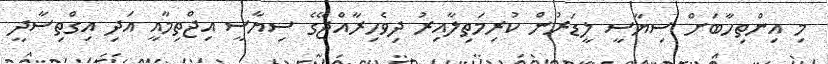
މި އިންތިހާބަށް ސިޔާސީ ލީޑަރުން ކުރިމަތިލާއިރު ދިވެހިރާއްޖޭގެ ސިޔާސީ އިޖްތިމާއީ އަދި އިގްތިސާދީ